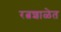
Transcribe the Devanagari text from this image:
रत्नशाळेत